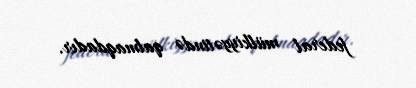
federal mülkiyyətində qalmaqdadır.